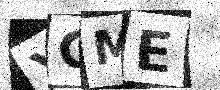
Text: XGME